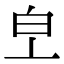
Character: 𤼿